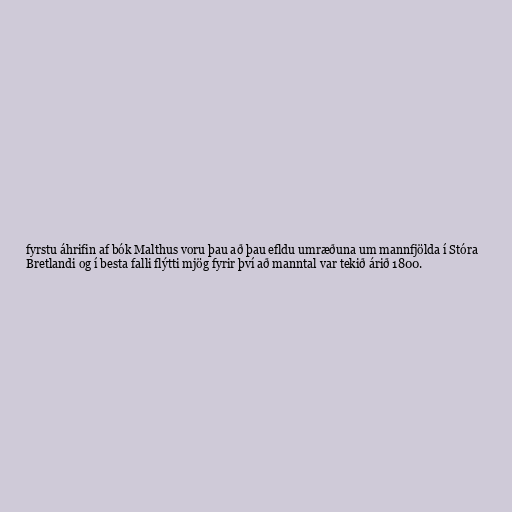
fyrstu áhrifin af bók Malthus voru þau að þau efldu umræðuna um mannfjölda í Stóra
Bretlandi og í besta falli flýtti mjög fyrir því að manntal var tekið árið 1800.